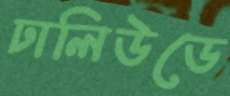
ঢালিউডে